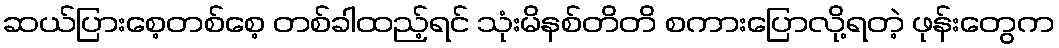
ဆယ်ပြားစေ့တစ်စေ့ တစ်ခါထည့်ရင် သုံးမိနစ်တိတိ စကားပြောလို့ရတဲ့ ဖုန်းတွေက